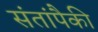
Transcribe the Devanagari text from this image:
संतांपैकी